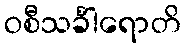
ဝစီသင်္ခါရောတိ